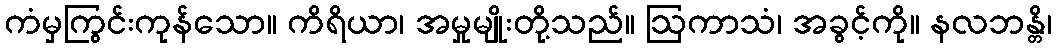
ကံမှကြွင်းကုန်သော။ ကိရိယာ၊ အမှုမျိုးတို့သည်။ ဩကာသံ၊ အခွင့်ကို။ နလဘန္တိ၊